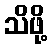
သိဖို့